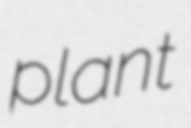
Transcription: plant